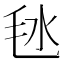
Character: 㲑